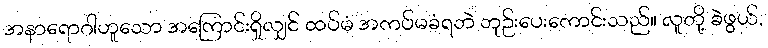
အနာရောဂါဟူသော အကြောင်းရှိလျှင် ထပ်မံ အကပ်မခံရဘဲ ဘုဉ်းပေးကောင်းသည်။ လူတို့ ခဲဖွယ်,